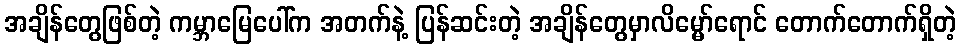
အချိန်တွေဖြစ်တဲ့ ကမ္ဘာမြေပေါ်က အတက်နဲ့ ပြန်ဆင်းတဲ့ အချိန်တွေမှာလိမ္မော်ရောင် တောက်တောက်ရှိတဲ့